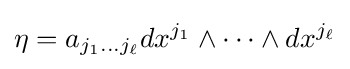
\eta =a_{j_{1}\ldots j_{\ell }}dx^{j_{1}}\wedge \cdots \wedge dx^{j_{\ell }}